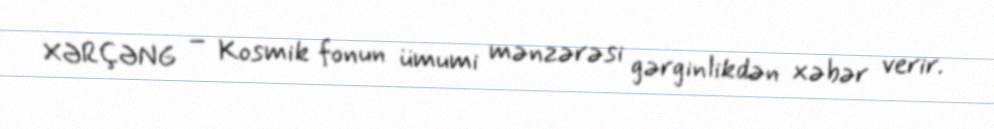
XƏRÇƏNG – Kosmik fonun ümumi mənzərəsi gərginlikdən xəbər verir.